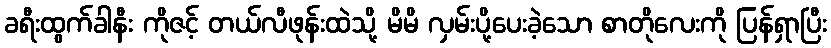
ခရီးထွက်ခါနီး ကိုဇင့် တယ်လီဖုန်းထဲသို့ မိမိ လှမ်းပို့ပေးခဲ့သော စာတိုလေးကို ပြန်ရှာပြီး